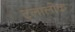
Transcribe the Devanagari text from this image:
ट्लालोक